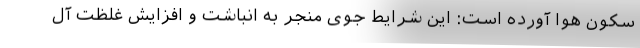
سکون هوا آورده است: این شرایط جوی منجر به انباشت و افزایش غلظت آل